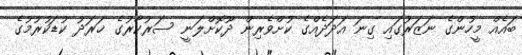
ބައެއް މީހުންގެ ނަޒަރުގައި ގިނަ އަދަދެއްގެ ކުށްވެރިން ދޫކޮށްލަނީ ސަރުކާރުގެ ޚަރަދު ކުޑަކުރުމުގެ